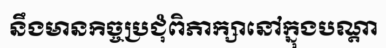
នឹងមានកិច្ចប្រជុំពិភាក្សានៅក្នុងបណ្តា